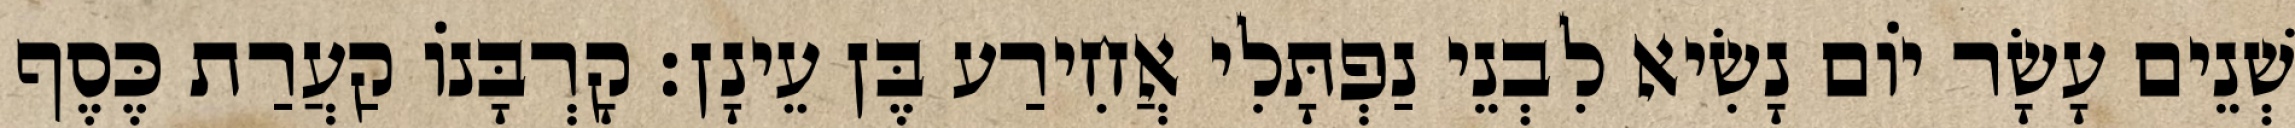
שְׁנֵים עָשָׂר יוֹם נָשִׂיא לִבְנֵי נַפְתָּלִי אֲחִירַע בֶּן עֵינָן׃ קָרְבָּנוֹ קַעֲרַת כֶּסֶף